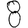
Digit: 8